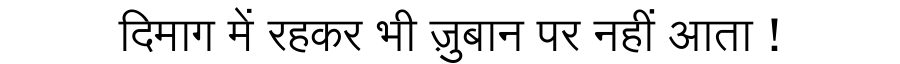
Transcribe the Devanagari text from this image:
दिमाग में रहकर भी ज़ुबान पर नहीं आता !